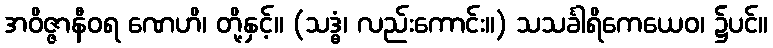
အဝိဇ္ဇာနီဝရ ဏေဟိ၊ တို့နှင့်။ (သဒ္ဓံ၊ လည်းကောင်း။) သသင်္ခါရိကေယေဝ၊ ၌ပင်။